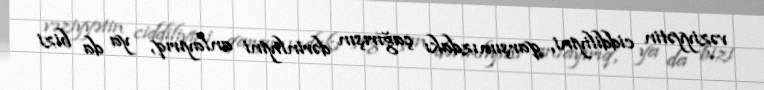
vəziyyətin ciddiliyini, qarşımızdakı çağırışın dərinliyini anlayırıq, ya da bizi